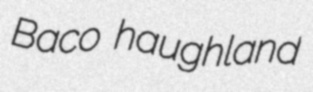
Baco haughland